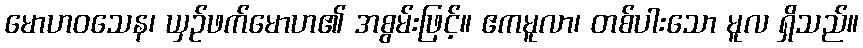
မောဟဝသေန၊ ယှဉ်ဖက်မောဟ၏ အစွမ်းဖြင့်။ ဧကမူလာ၊ တစ်ပါးသော မူလ ရှိသည်။